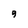
Character: 9